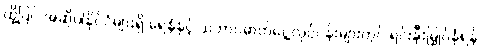
ထို့ပြင် အဆိုပါနိုင်ငံများရှိ ရေနံနှင့် သဘာဝဓာတ်ငွေ့လုပ်ငန်းများတွင် ရင်းနှီးမြှုပ်နှံရန်